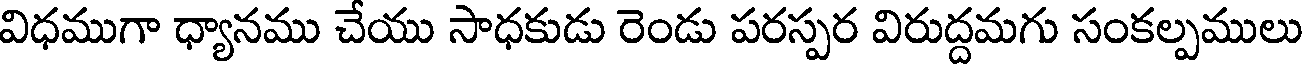
విధముగా ధ్యానము చేయు సాధకుడు రెండు పరస్పర విరుద్దమగు సంకల్పములు